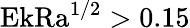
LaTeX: \textrm{Ek}\textrm{Ra}^{1/2}>0.15